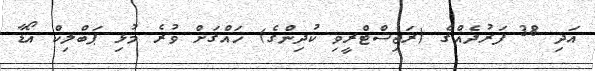
އަދި 38 ފަރުދެއްގެ (ރަޖިސްޓްރީވި ކުދިންގެ) ހައްގަށް ވުރެ މުޅި ޕަބްލިކް އޯޑާ